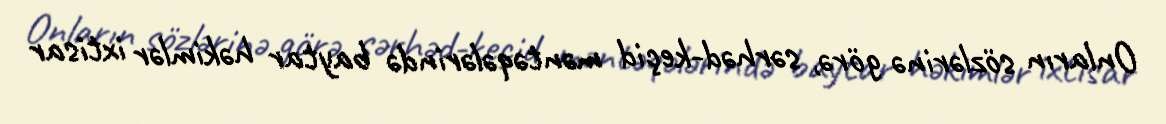
Onların sözlərinə görə, sərhəd-keçid məntəqələrində baytar həkimlər ixtisar